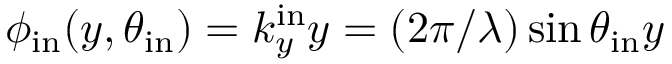
\phi _ { \mathrm { i n } } ( y , \theta _ { \mathrm { i n } } ) = k _ { y } ^ { \mathrm { i n } } y = ( 2 \pi / \lambda ) \sin { \theta _ { \mathrm { i n } } } y